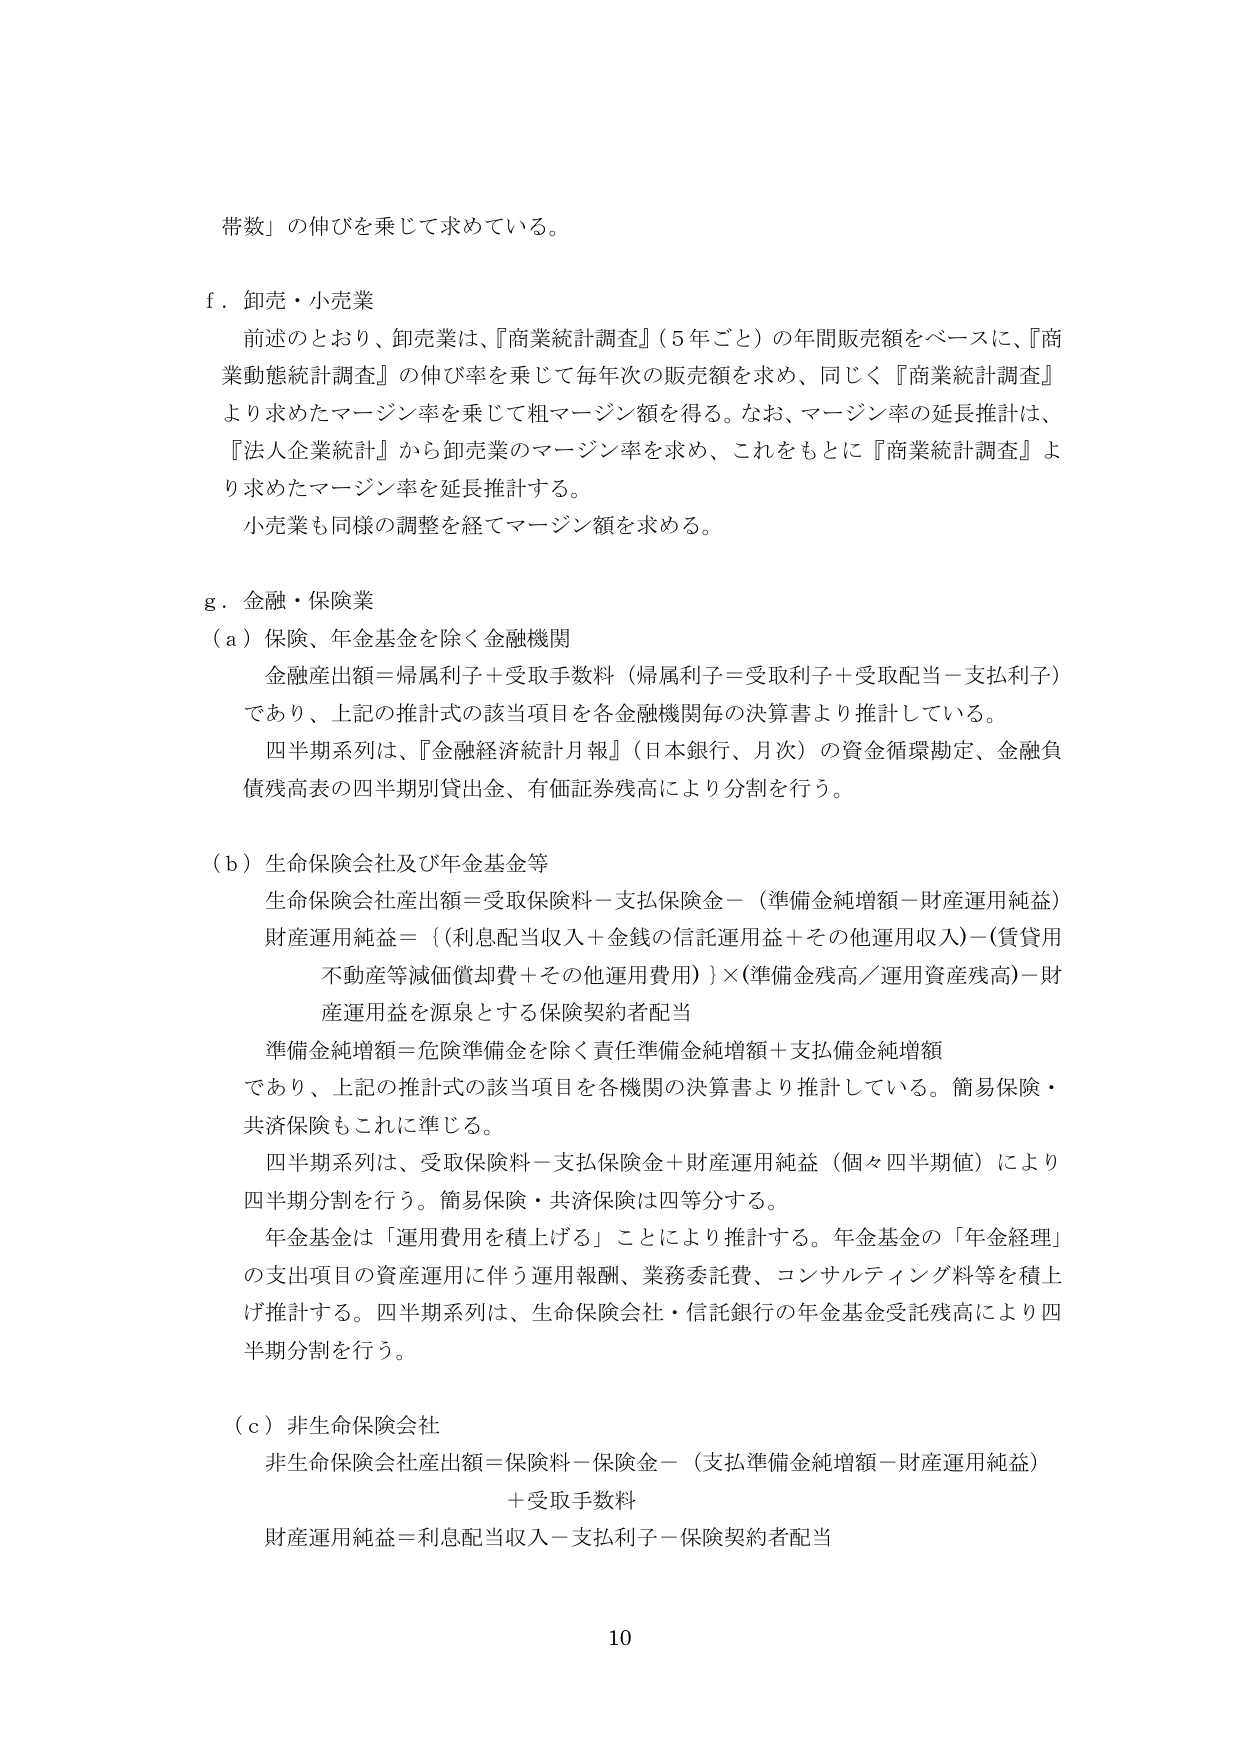
帯数」の伸びを乗じて求めている。

f．卸売・小売業
前述のとおり、卸売業は、『商業統計調査』（5年ごと）の年間販売額をベースに、『商業動態統計調査』の伸び率を乗じて毎年次の販売額を求め、同じく『商業統計調査』より求めたマージン率を乗じて粗マージン額を得る。なお、マージン率の延長推計は、『法人企業統計』から卸売業のマージン率を求め、これをもとに『商業統計調査』より求めたマージン率を延長推計する。
小売業も同様の調整を経てマージン額を求める。

g．金融・保険業
（a）保険、年金基金を除く金融機関
金融産出額＝帰属利子＋受取手数料（帰属利子＝受取利子＋受取配当－支払利子）
であり、上記の推計式の該当項目を各金融機関毎の決算書より推計している。
四半期系列は、『金融経済統計月報』（日本銀行、月次）の資金循環勘定、金融負債残高表の四半期別貸出金、有価証券残高により分割を行う。

（b）生命保険会社及び年金基金等
生命保険会社産出額＝受取保険料－支払保険金－（準備金純増額－財産運用純益）
財産運用純益＝｛（利息配当収入＋金銭の信託運用益＋その他運用収入）－（賃貸用不動産等減価償却費＋その他運用費用）｝×（準備金残高／運用資産残高）－財産運用益を源泉とする保険契約者配当
準備金純増額＝危険準備金を除く責任準備金純増額＋支払備金純増額
であり、上記の推計式の該当項目を各機関の決算書より推計している。簡易保険・共済保険もこれに準じる。
四半期系列は、受取保険料－支払保険金＋財産運用純益（個々四半期値）により四半期分割を行う。簡易保険・共済保険は四等分する。
年金基金は「運用費用を積上げる」ことにより推計する。年金基金の「年金経理」の支出項目の資産運用に伴う運用報酬、業務委託費、コンサルティング料等を積上げ推計する。四半期系列は、生命保険会社・信託銀行の年金基金受託残高により四半期分割を行う。

（c）非生命保険会社
非生命保険会社産出額＝保険料－保険金－（支払準備金純増額－財産運用純益）
＋受取手数料
財産運用純益＝利息配当収入－支払利子－保険契約者配当

10